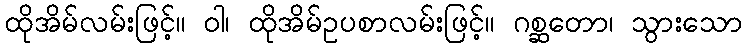
ထိုအိမ်လမ်းဖြင့်။ ဝါ၊ ထိုအိမ်ဥပစာလမ်းဖြင့်။ ဂစ္ဆတော၊ သွားသော